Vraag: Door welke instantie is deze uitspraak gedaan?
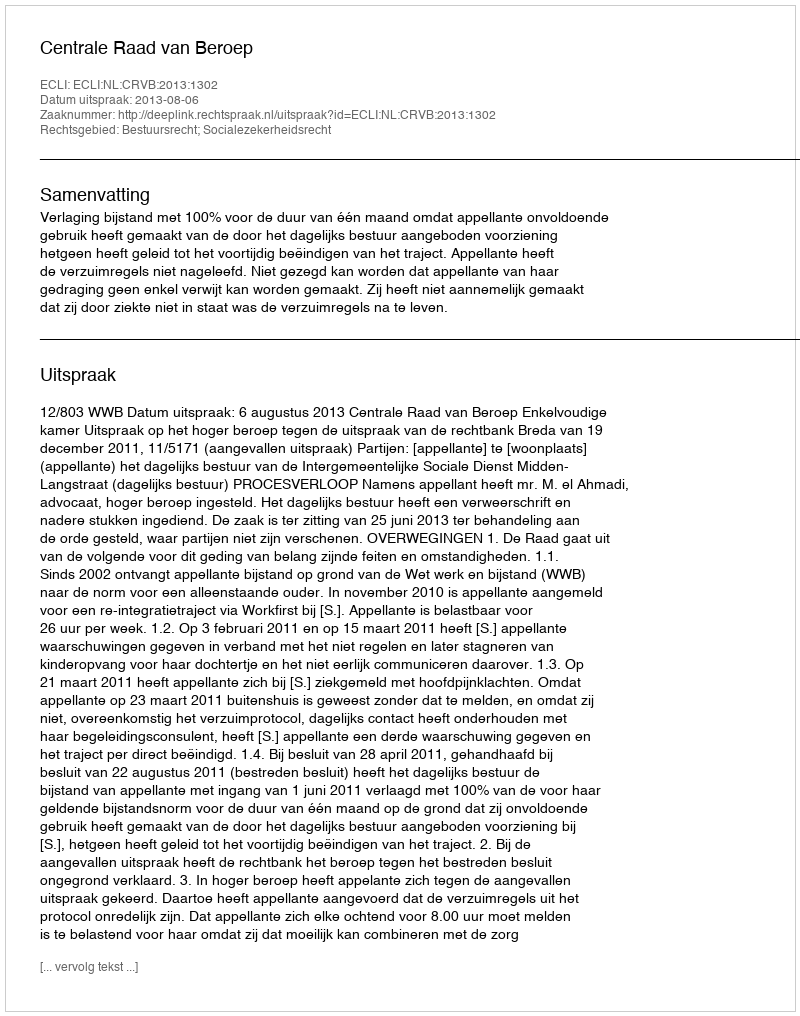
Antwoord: Centrale Raad van Beroep